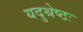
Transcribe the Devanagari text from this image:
यदुश्रेष्ठः